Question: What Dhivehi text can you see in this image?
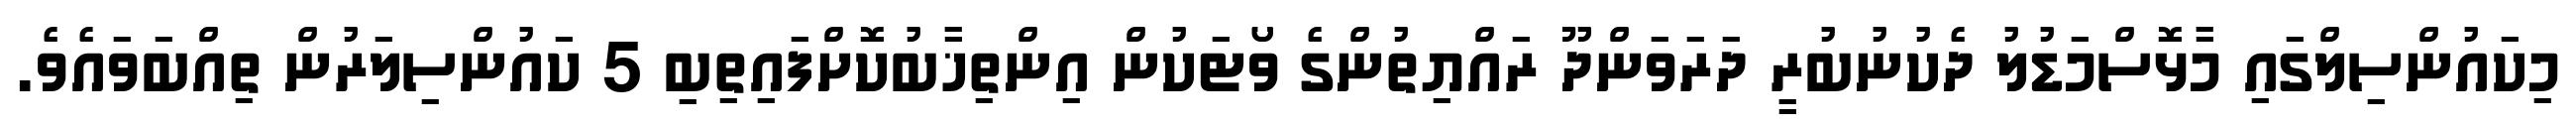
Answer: މިކައުންސިލްގައި މާޅޮސްމަޑުލު ދެކުނުބުރީ ދަރަވަންދޫ ރައްޔިތުންގެ ވޯޓަކުން އިންތިޚާބުކޮށްފައިތިބި 5 ކައުންސިލަރުން ތިއްބަވައެވެ.